Civil Veterinary Department Bihar reports 1936-40 - 1936-1940
Year: 1936
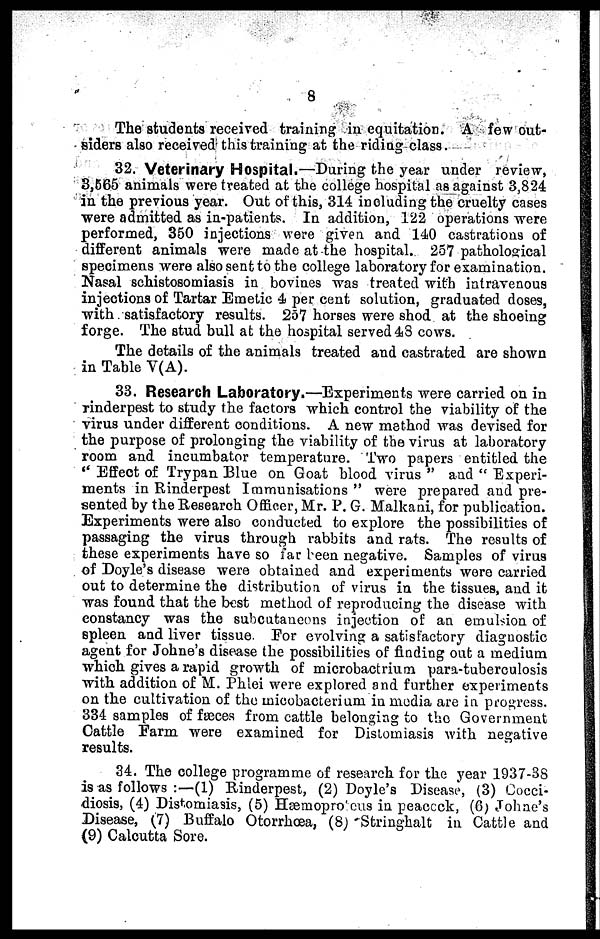
8
The students received training in equitation. A few out-
siders also received this training at the riding class.
32. Veterinary Hospital.—During the year under review,
3,565 animals were treated at the college hospital as against 3,824
in the previous year. Out of this, 314 including the cruelty cases
were admitted as in-patients. In addition, 122 operations were
performed, 350 injections were given and 140 castrations of
different animals were made at the hospital. 257 pathological
specimens were also sent to the college laboratory for examination.
Nasal schistosomiasis in bovines was treated with intravenous
injections of Tartar Emetic 4 per cent solution, graduated doses,
with satisfactory results. 257 horses were shod at the shoeing
forge. The stud bull at the hospital served 43 cows.
The details of the animals treated and castrated are shown
in Table V(A).
33. Research Laboratory.—Experiments were carried on in
rinderpest to study the factors which control the viability of the
virus under different conditions. A new method was devised for
the purpose of prolonging the viability of the virus at laboratory
room and incumbator temperature. Two papers entitled the
"Effect of Trypan Blue on Goat blood virus " and " Experi-
ments in Rinderpest Immunisations " were prepared and pre-
sented by the Research Officer, Mr. P. G. Malkani, for publication.
Experiments were also conducted to explore the possibilities of
passaging the virus through rabbits and rats. The results of
these experiments have so far been negative. Samples of virus
of Doyle's disease were obtained and experiments wore carried
out to determine the distribution of virus in the tissues, and it
was found that the best method of reproducing the disease with
constancy was the subcutaneons injection of an emulsion of
spleen and liver tissue. For evolving a satisfactory diagnostic
agent for Johne's disease the possibilities of finding out a medium
which gives a rapid growth of microbactrium para-tuberculosis
with addition of M. Phlei were explored and further experiments
on the cultivation of the micobacterium in media are in progress.
334 samples of faeces from cattle belonging to the Government
Cattle Farm were examined for Distomiasis with negative
results.
34. The college programme of research for the year 1937-3S
is as follows :—(1) Rinderpest, (2) Doyle's Disease, (3) Coeci-
diosis, (4) Distomiasis, (5) Hæmopro cus in peacock, (6) Johne's
Disease, (7) Buffalo Otorrhœa, (8) Stringhalt in Cattle and
(9) Calcutta Sore.